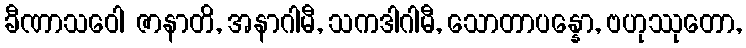
ခီဏာသဝေါ ဇာနာတိ, အနာဂါမီ, သကဒါဂါမီ, သောတာပန္နော, ဗဟုဿုတော,